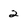
Character: 2